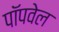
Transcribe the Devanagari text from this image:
पॉपवेल